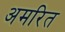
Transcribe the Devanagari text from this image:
अमरित